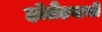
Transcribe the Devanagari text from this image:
हॉलैंडवासी